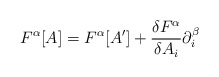
\begin{align*}F^{\alpha }[A]=F^{\alpha }[A']+\frac{\delta F^{\alpha }}{\delta A_{i}}\partial ^{\beta }_{i}\end{align*}